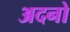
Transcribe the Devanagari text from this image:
अदनो